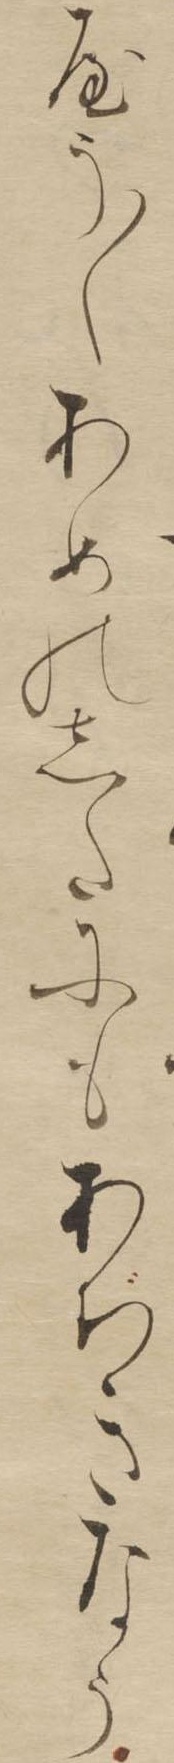
やう〱あめのしたにもあぢきなう